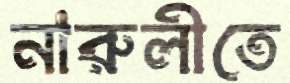
নারুলীতে